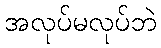
အလုပ်မလုပ်ဘဲ